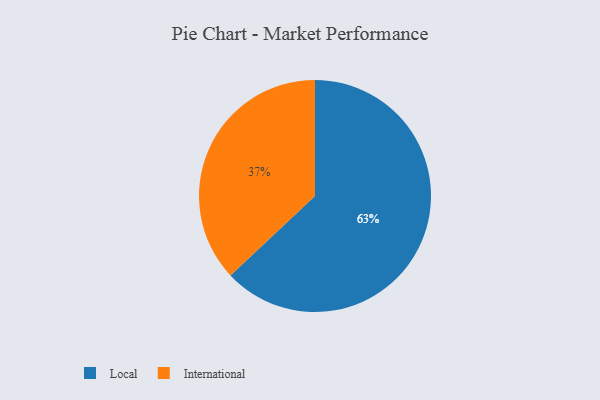
{"axis": {"x": "Category", "y": "Percentage"}, "legend": ["International", "Local"], "data": [{"x": "International", "y": 37, "type": "International"}, {"x": "Local", "y": 63, "type": "Local"}]}